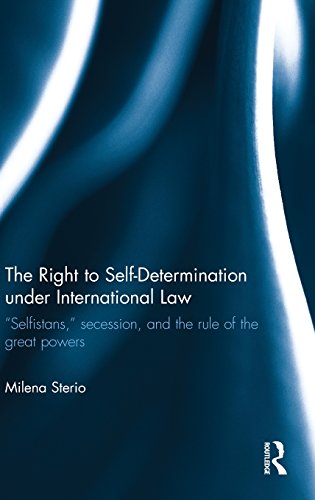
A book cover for The Right to Self-determination Under International Law: "Selfistans,"  Secession, and the Rule of the Great Powers (Routledge Research in International Law); Milena Sterio; Law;